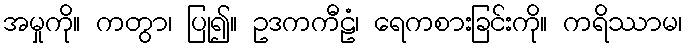
အမှုကို။ ကတွာ၊ ပြု၍။ ဥဒကကီဠံ၊ ရေကစားခြင်းကို။ ကရိဿာမ၊